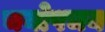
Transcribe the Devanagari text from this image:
चयोपचय